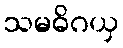
သမဓိဂယှ